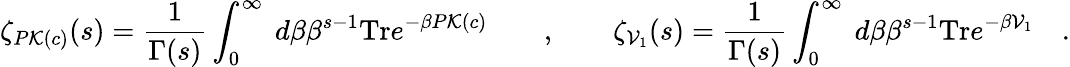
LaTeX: \zeta_{P{\cal K}(c)}(s)=\frac{1}{\Gamma(s)}\int_{0}^{\infty}\ d\beta\beta^{s-1}\mathrm{Tr}e^{-\beta P{\cal K}(c)}\qquad,\qquad\zeta_{{\cal V}_{1}}(s)=\frac{1}{\Gamma(s)}\int_{0}^{\infty}\ d\beta\beta^{s-1}\mathrm{Tr}e^{-\beta{\cal V}_{1}}\quad.